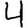
Digit: 4